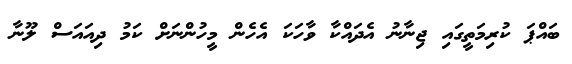
ބައްޕަ ކުރިމަތީގައި ޖިނާނު އެދައްކާ ވާހަކަ އެހެން މީހުންނަށް ކަމު ދިއައަސް ލޫނާ